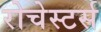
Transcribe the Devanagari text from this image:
रोचेस्टर्स